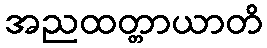
အညထတ္တာယာတိ